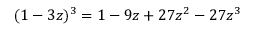
( 1 - 3 z ) ^ { 3 } = 1 - 9 z + 2 7 z ^ { 2 } - 2 7 z ^ { 3 }